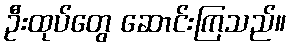
ဦးထုပ်တွေ ဆောင်းကြသည်။